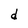
Character: d